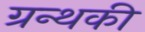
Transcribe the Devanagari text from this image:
ग्रन्थकी